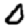
Digit: 0